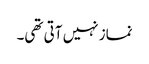
نماز نہیں آتی تھی۔